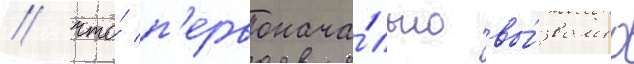
/ что́ п'ервонача́льно вы́звало